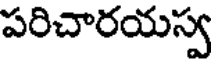
పరిచారయస్వ